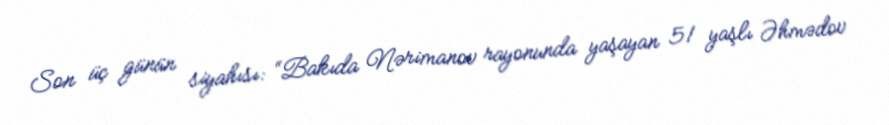
Son üç günün siyahısı: “Bakıda Nərimanov rayonunda yaşayan 51 yaşlı Əhmədov